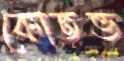
কোতভ